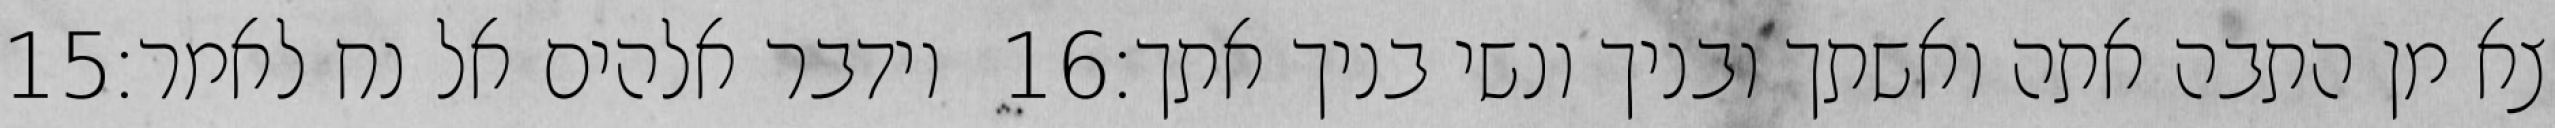
‎15‏ וידבר אלהים אל נח לאמר׃ ‎16‏ צא מן התבה אתה ואשתך ובניך ונשי בניך אתך׃